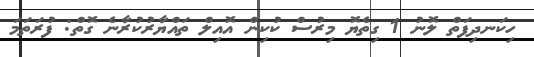
ހިކަނދިފަތް ލޮނު 1 ގިތެޔޮ މިރުސް ކުކިން އޮއިލް ތައްޔާރުކުރާނެ ގޮތް: ފުރަތަމަ